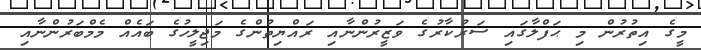
މީގެ އިތުރުން މި ޙަފްލާގައި ސަރުކާރުގެ ވަޒީރުންނާއި ރައްޔިތުންގެ މަޖިލީހުގެ ބައެއް މެމްބަރުންނާއި